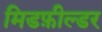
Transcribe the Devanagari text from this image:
मिडफ़ील्डर